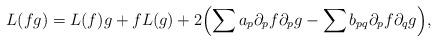
LaTeX: \begin{align*}L(fg) = L(f)g+fL(g) + 2\Bigl( \sum a_p\partial_pf\partial_pg - \sum b_{pq}\partial_pf\partial_qg \Bigr),\end{align*}